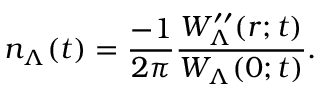
n _ { \Lambda } ( t ) = \frac { - 1 } { 2 \pi } \frac { W _ { \Lambda } ^ { \prime \prime } ( r ; t ) } { W _ { \Lambda } ( 0 ; t ) } .